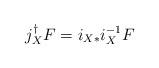
LaTeX: \begin{align*}j_{X}^{\dagger} F = i_{X*}i_X^{-1} F \end{align*}